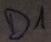
Text: D1